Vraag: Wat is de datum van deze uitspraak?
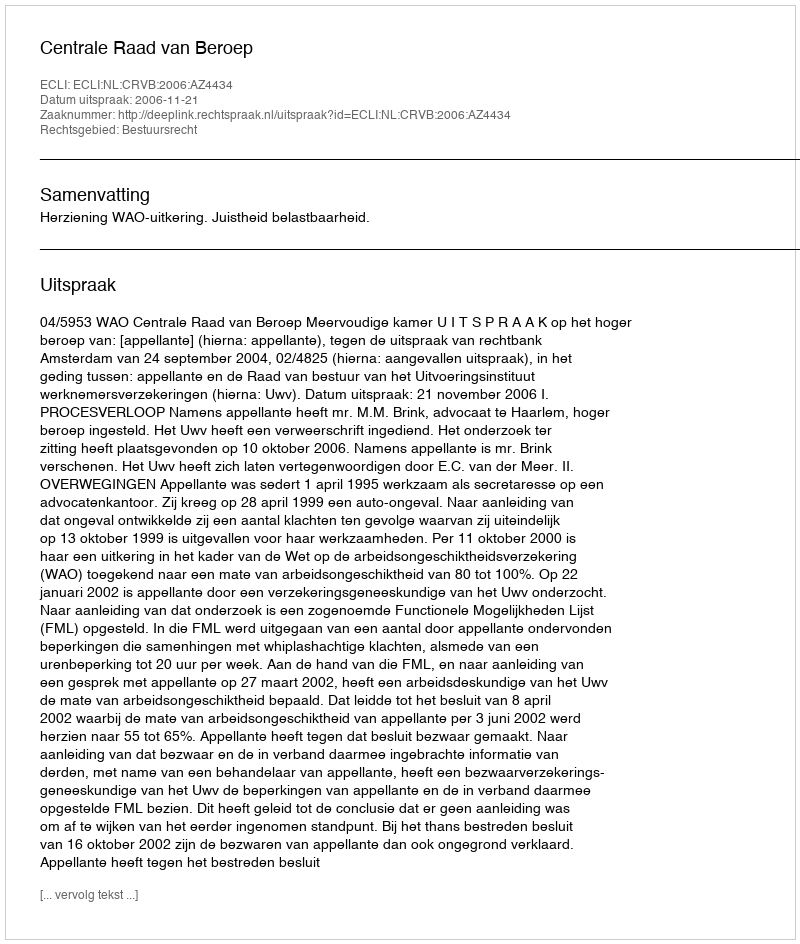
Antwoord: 2006-11-21